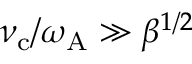
\nu _ { \mathrm { c } } / \omega _ { \mathrm { A } } \gg \beta ^ { 1 / 2 }